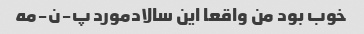
خوب بود من واقعا این سالاد‌مورد پ-ن-مه